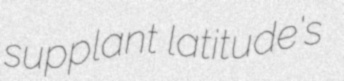
supplant latitude's